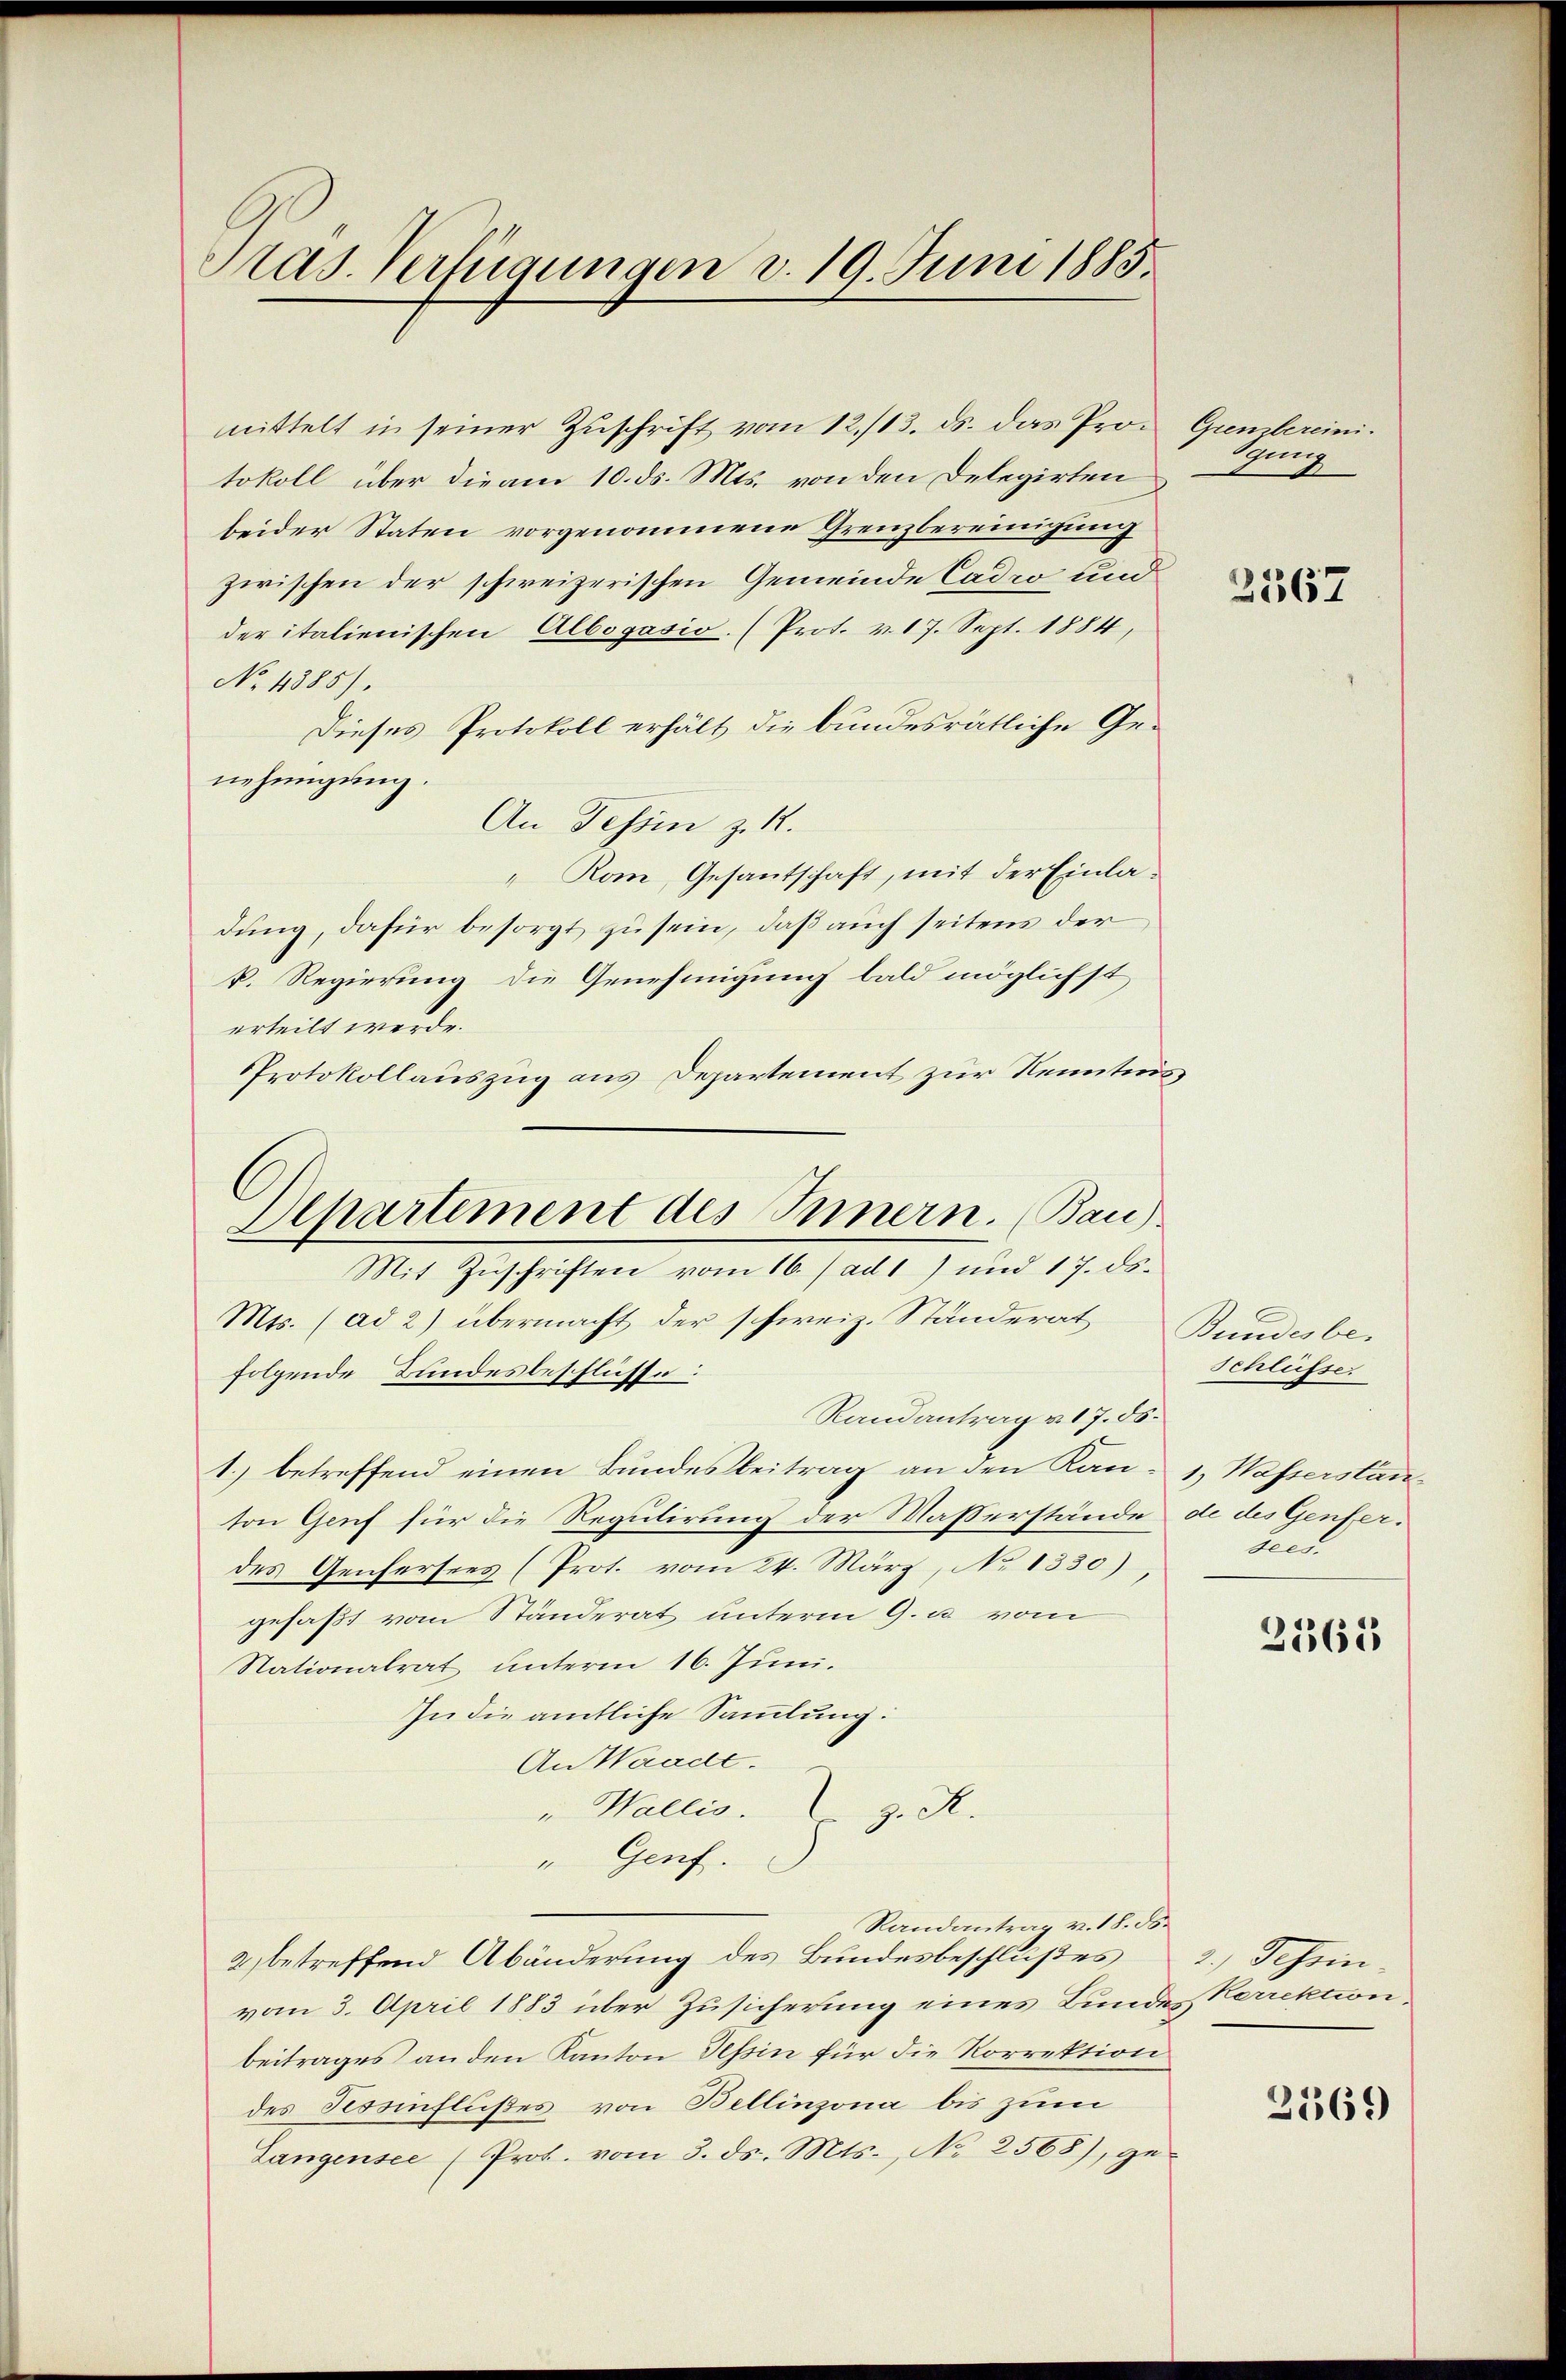
Pras. Verfügungen d. 19. Juni 1885.

mittelt in seiner Zŭschrift vom 12./13. ds. das Protokoll über die am 10. ds. Mts. von den Delegirten
beider Staten vorgenommene Grenzbereinigung
zwischen der schweizerischen Gemeinde Cadio und
der italienischen Albogasio. (Prot. v. 17. Sept. 1884,
No. 4885).
Dieses Protokoll erhält die bundesrätliche Genehmigung.
An Tessin z. R.
"Rom, Gesantschaft, mit der Einladung, dafür besorgt zu sein, daß auch seitens der
k. Regierung die Genehmigung bald möglichst
erteilt werde.
Protokollauszug aus Departement zur Kenntnis
Mts. (ad 2) übermacht der schweiz. Ständerat
folgende Bundesbeschlüsse:
Randantrag v. 17. ds.
1.) betreffend einen Bundesbeitrag an den Kan- 1. Wasserstänton Genf für die Regulirung der Masserstände de des Genferdes Genfersees (Prot. vom 24. März, No 1330),
gefaßt vom Ständerat unterm 9. u. vom
Nationalrat unterm 16. Juni.
In die amtliche Sammlung:
An Waadt.
" Wallis. z. R.
" Genf.
Randantrag v. 18. ds.
2), betreffend Abänderung des Bundesbeschlußes 2. Tessinvom 3. April 1883 über Zusicherung eines Bundesperrektion.
beitrages an den Kanton Tessin für die Korrektion
des Tessinflußes von Bellinzona bis zum
Langensee (Prot. vom 3. ds. Mts., No 2568), ge-

Departement des Innern. (Bau).
Mit Zŭschriften vom 16. / ad 1) und 17. ds.

Giembereini
gung

2567

Bundesbe-
Schlüsser
Fees

2565

2569